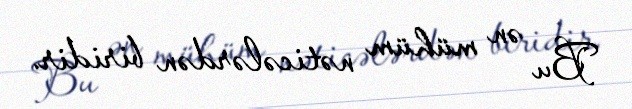
Bu ən mühüm nəticələrdən biridir.